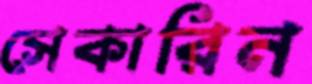
সেকারিন